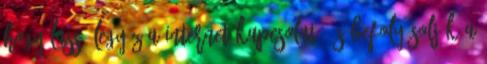
hogy lassú legyőz a Internet kapcsolat, és befolyásolják a